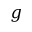
g